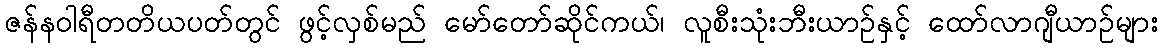
ဇန်နဝါရီတတိယပတ်တွင် ဖွင့်လှစ်မည် မော်တော်ဆိုင်ကယ်၊ လူစီးသုံးဘီးယာဉ်နှင့် ထော်လာဂျီယာဉ်များ